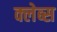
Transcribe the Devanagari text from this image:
क्लेब्स